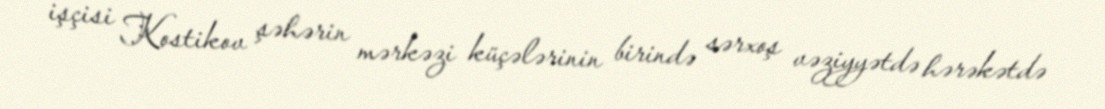
işçisi Kostikov şəhərin mərkəzi küçələrinin birində sərxoş vəziyyətdə hərəkətdə